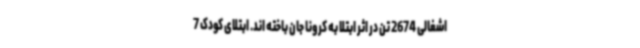
اشغالی 2674 تن در اثر ابتلا به کرونا جان باخته اند. ابتلای کودک 7